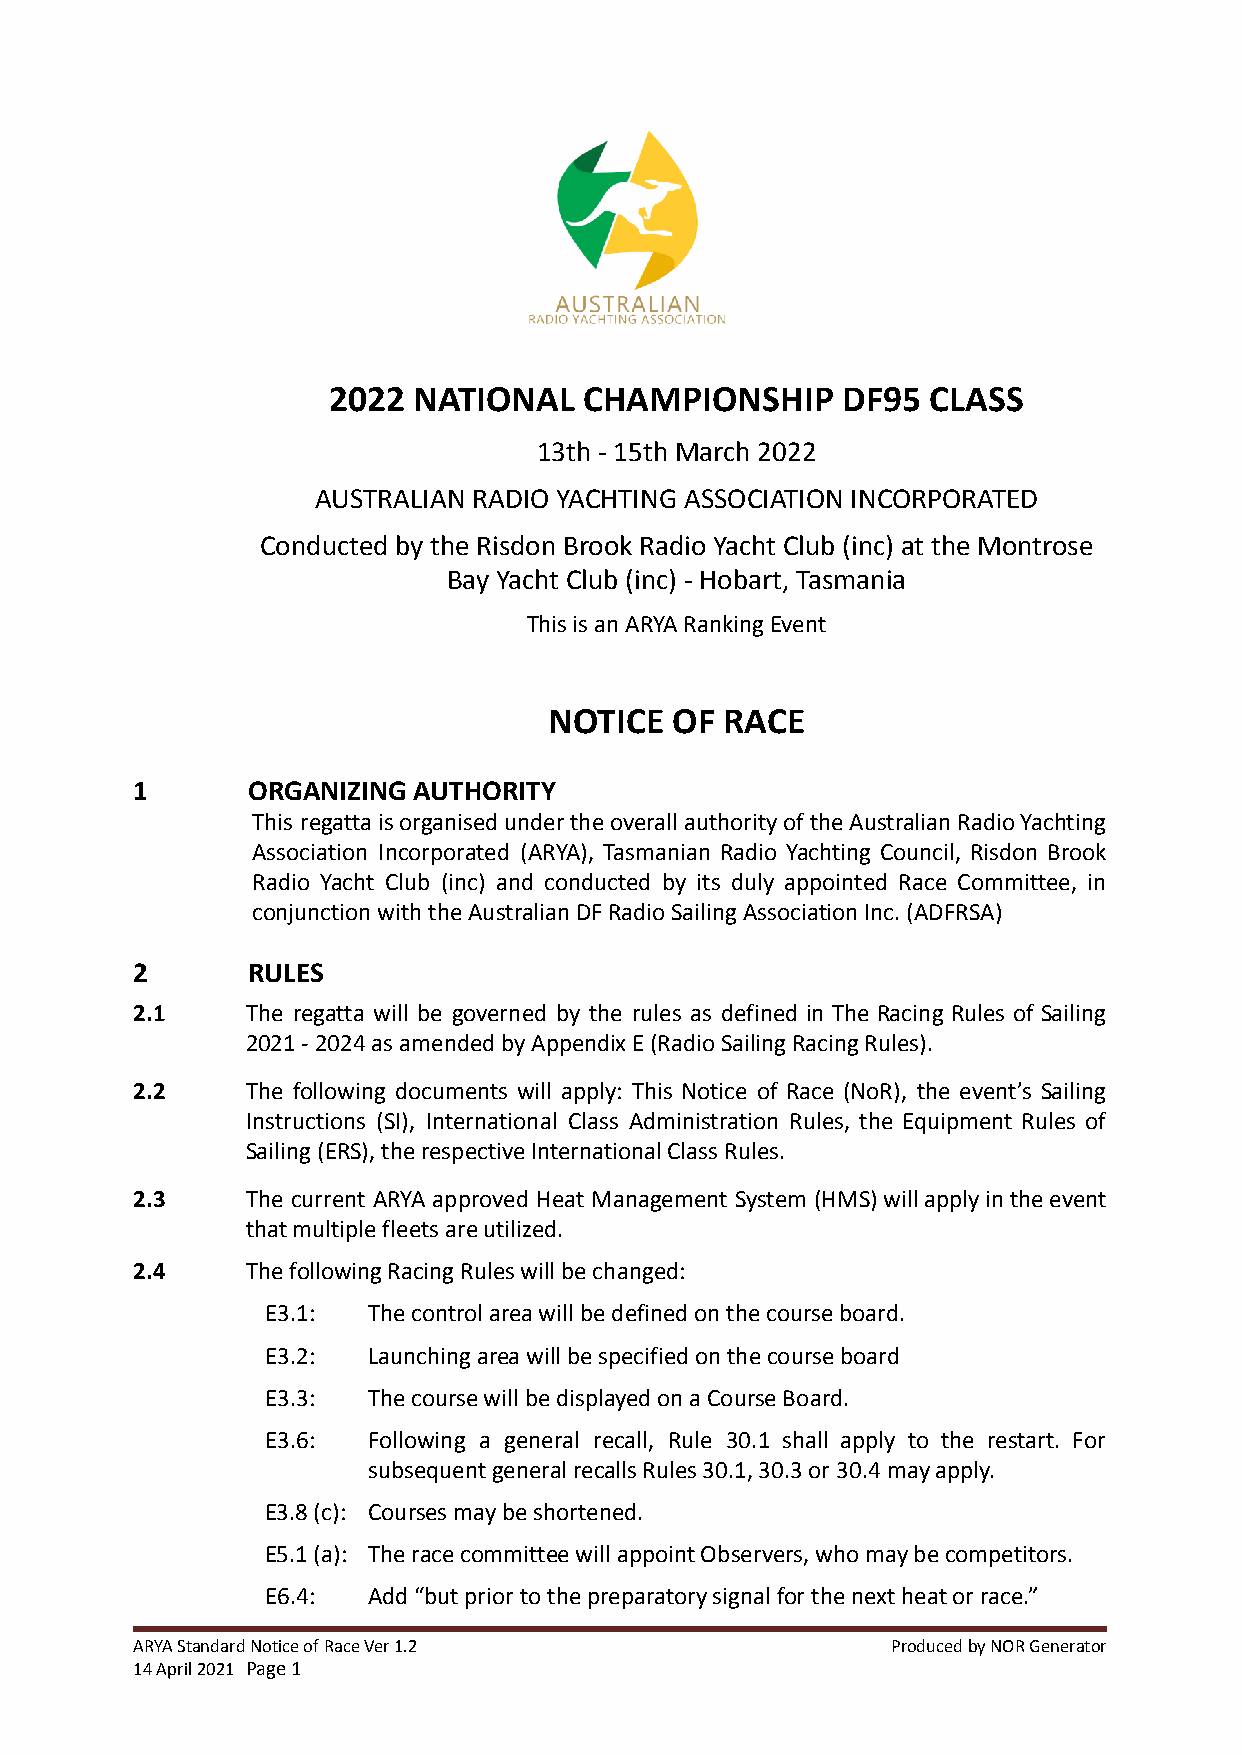
2022 NATIONAL    CHAMPIONSHIP     DF95  CLASS
 13th - 15th March 2022
 AUSTRALIAN RADIO YACHTING ASSOCIATION INCORPORATED
 Conducted by the Risdon Brook Radio Yacht Club (inc) at the Montrose
 Bay Yacht Club (inc) - Hobart, Tasmania
 This is an ARYA Ranking Event
 NOTICE   OF RACE
 1      ORGANIZING AUTHORITY
 This regattaisorganisedundertheoverallauthorityoftheAustralianRadioYachting
 Association Incorporated (ARYA), Tasmanian Radio Yachting Council, Risdon Brook
 Radio Yacht Club (inc) and conducted by its duly appointed Race Committee, in
 conjunction with the Australian DF Radio Sailing Association Inc. (ADFRSA)
 2      RULES
 2.1    The regatta will be governed by the rules as defined in The Racing Rules of Sailing
 2021 - 2024 as amended by Appendix E (Radio Sailing Racing Rules).
 2.2    The following documents will apply: This Notice of Race (NoR), the event’s Sailing
 Instructions (SI), International Class Administration Rules, the Equipment Rules of
 Sailing (ERS), the respective International Class Rules.
 2.3    The current ARYA approved Heat Management System (HMS)willapplyintheevent
 that multiple fleets are utilized.
 2.4    The following Racing Rules will be changed:
 E3.1: The control area will be defined on the course board.
 E3.2: Launching area will be specified on the course board
 E3.3: The course will be displayed on a Course Board.
 E3.6: Following a general recall, Rule 30.1 shall apply to the restart. For
 subsequent general recalls Rules 30.1, 30.3 or 30.4 may apply.
 E3.8 (c): Courses may be shortened.
 E5.1 (a): The race committee will appoint Observers, who may be competitors.
 E6.4: Add “but prior to the preparatory signal for the next heat or race.”
 ARYA Standard Notice of Race Ver 1.2              Produced by NOR Generator
 14 April 2021 Page1